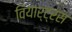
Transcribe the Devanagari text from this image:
वियार्ट्रस